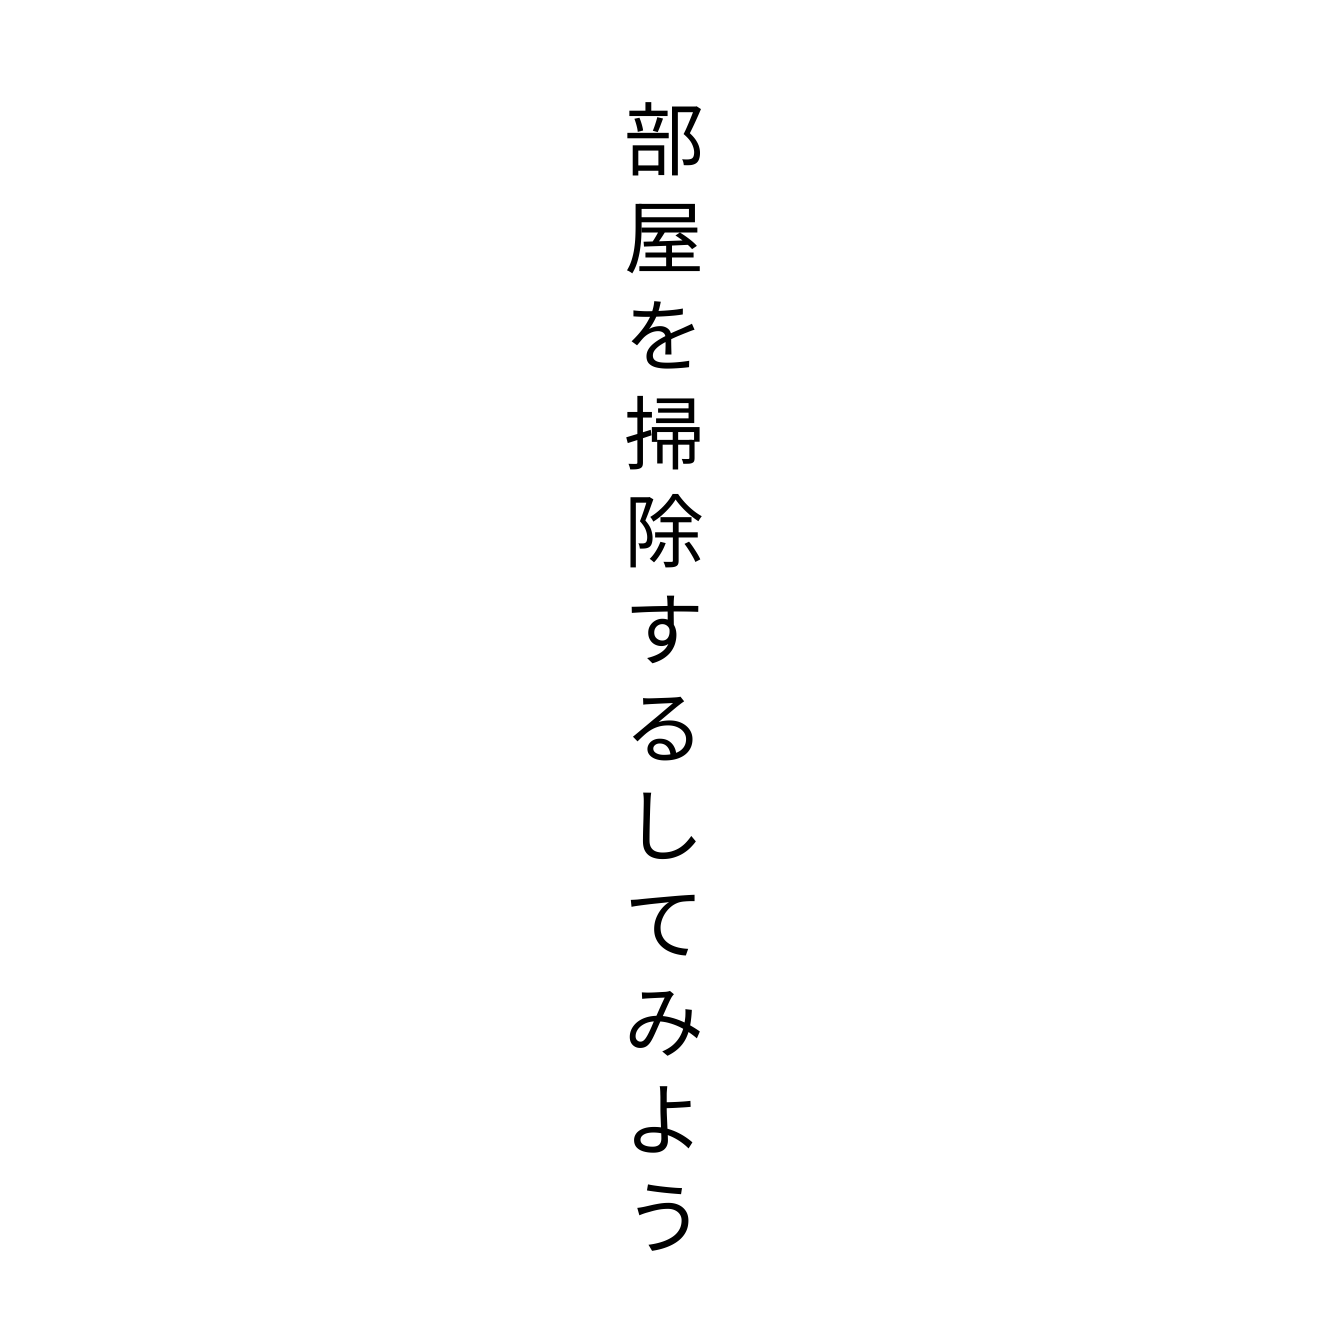
部屋を掃除するしてみよう